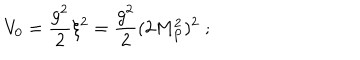
V _ { 0 } = \frac { g ^ { 2 } } 2 \xi ^ { 2 } = \frac { g ^ { 2 } } 2 ( 2 M _ { P } ^ { 2 } ) ^ { 2 } \; ;